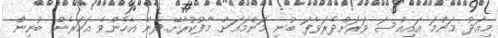
މިއަދު މަންމަ އައިއްސަ ވަރަށްދެރަވެފަ ބުނި މަންމައަށް މާފުކުރާށޭ..ދެން އެހެންވެ އަހަރެން ބުނިން